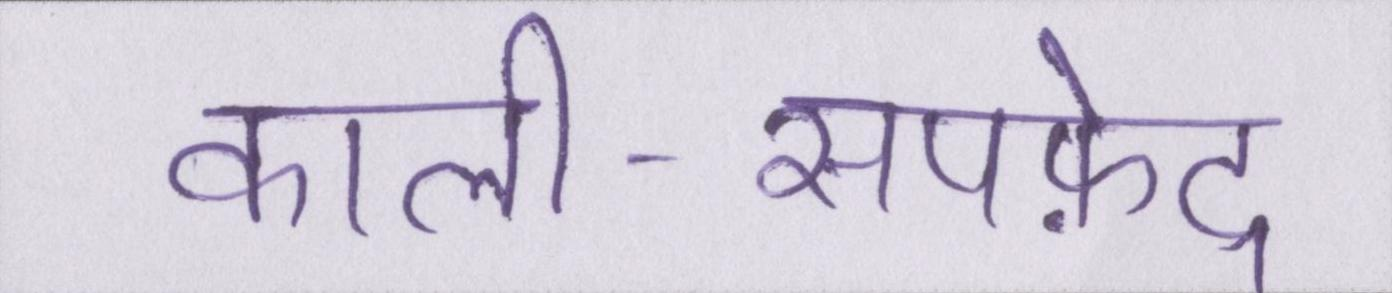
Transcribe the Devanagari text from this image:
काली-सपफ़ेद